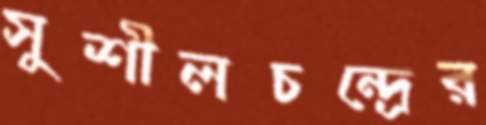
সুশীলচন্দ্রের